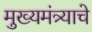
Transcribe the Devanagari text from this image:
मुख्यमंत्र्याचे